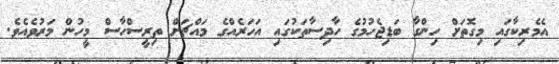
އެމެރިކާގައި މިގޮތަށް ހިންގާ ބަޑިޖެހުމުގެ ހާދިސާތަކުގައި އަހަރެއްގެ މައްޗަށް ތިރީސްހާސް މީހުން މަރުވެއެވެ.